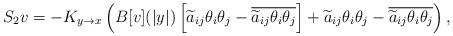
LaTeX: \begin{align*}S_2v=-K_{y\to x}\left( B[v](|y|)\left[\widetilde a_{ij}\theta_i\theta_j-\overline{\widetilde a_{ij}\theta_i\theta_j}\right]+\widetilde a_{ij}\theta_i\theta_j-\overline{\widetilde a_{ij}\theta_i\theta_j}\right),\end{align*}